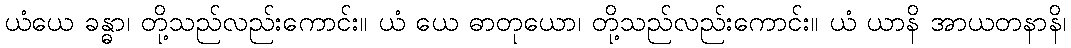
ယံယေ ခန္ဓာ၊ တို့သည်လည်းကောင်း။ ယံ ယေ ဓာတုယော၊ တို့သည်လည်းကောင်း။ ယံ ယာနိ အာယတနာနိ၊